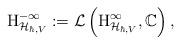
LaTeX: \begin{align*}\mathrm{H}^{-\infty}_{\mathcal{H}_{\hbar,V}}:=\mathcal{L}\left(\mathrm{H}^{\infty}_{\mathcal{H}_{\hbar,V}}, \mathbb{C}\right),\end{align*}